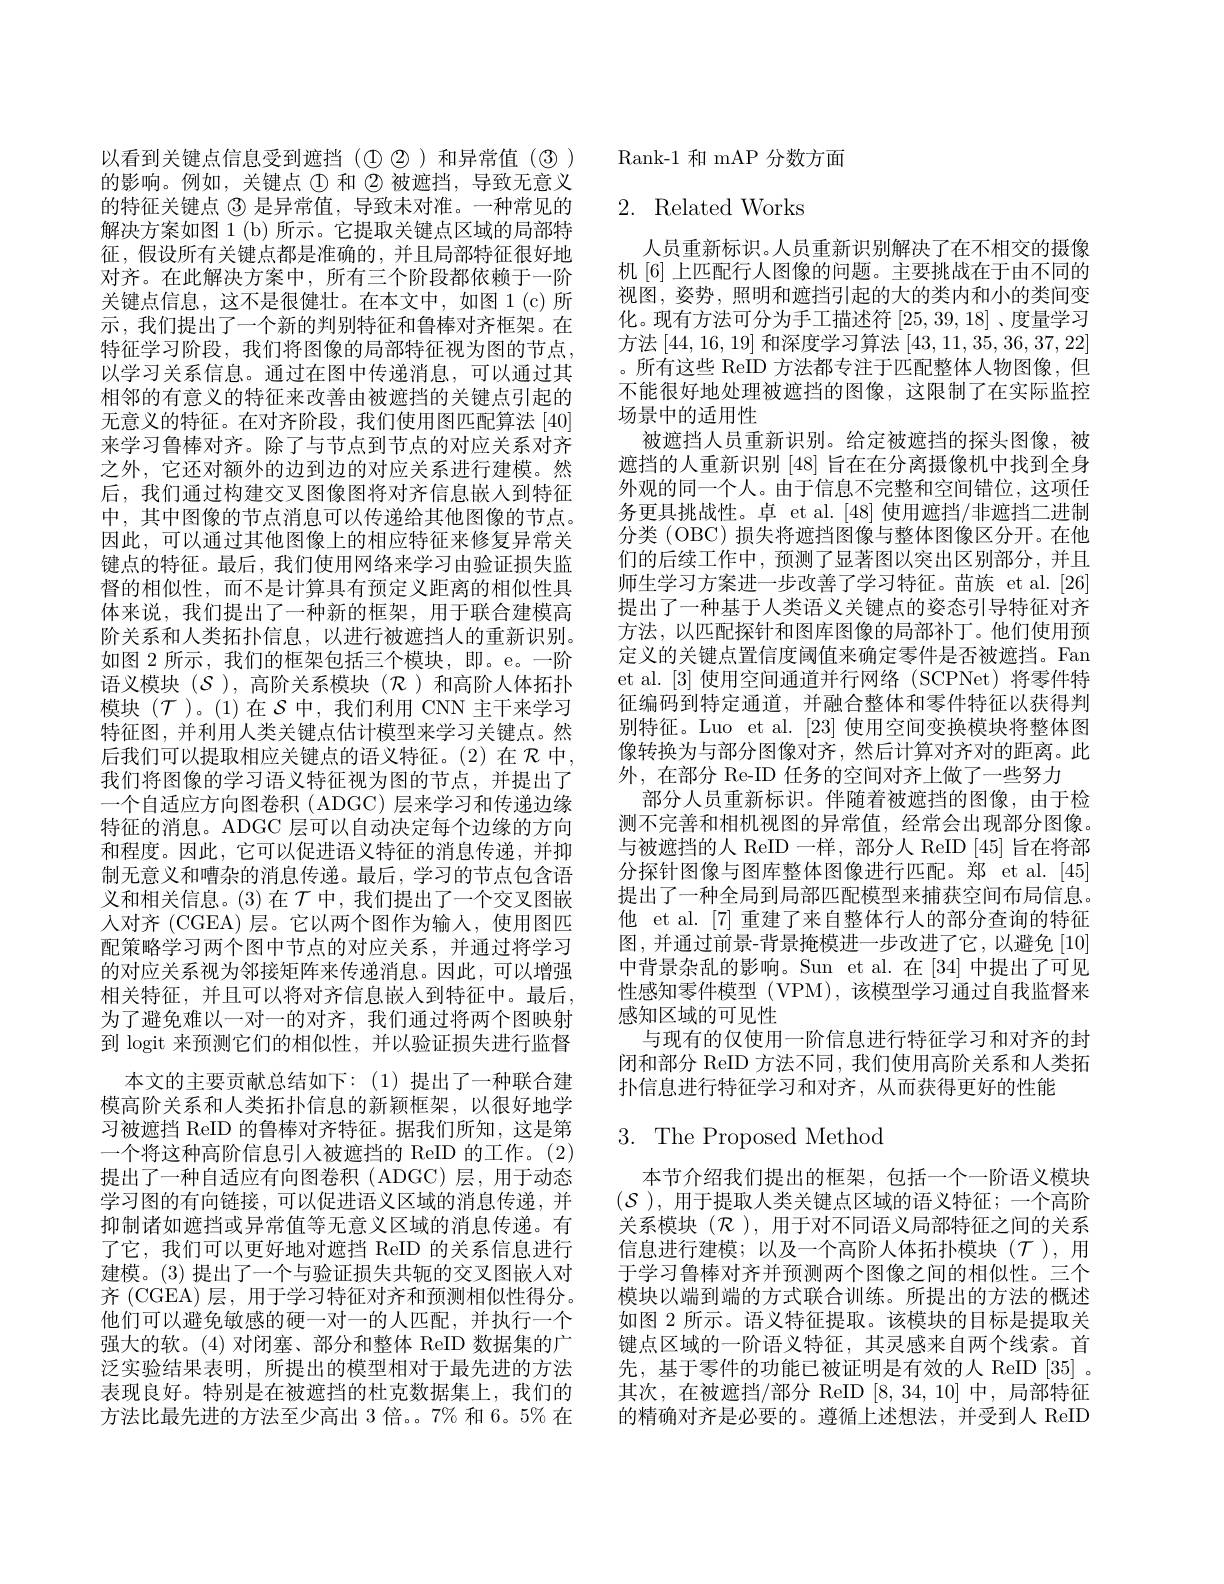
以看到关键点信息受到遮挡($\textcircled 2)和异常值(3)$ 的影响。例如，关键点$\textcircled{1}和\textcircled{2}被遮挡，导致无意义$ 的特征关键点$\textcircled 3 是异常值，导致未对准。一种常见的$ 解决方案如图 1 (b) 所示。它提取关键点区域的局部特征，假设所有关键点都是准确的，并且局部特征很好地对齐。在此解决方案中，所有三个阶段都依赖于一阶关键点信息，这不是很健壮。在本文中，如图 1(c)所示，我们提出了一个新的判别特征和鲁棒对齐框架。在特征学习阶段，我们将图像的局部特征视为图的节点， 以学习关系信息。通过在图中传递消息，可以通过其相邻的有意义的特征来改善由被遮挡的关键点引起的无意义的特征。在对齐阶段，我们使用图匹配算法[40] 来学习鲁棒对齐。除了与节点到节点的对应关系对齐之外，它还对额外的边到边的对应关系进行建模。然后，我们通过构建交叉图像图将对齐信息嵌人到特征中，其中图像的节点消息可以传递给其他图像的节点。因此，可以通过其他图像上的相应特征来修复异常关键点的特征。最后，我们使用网络来学习由验证损失监督的相似性，而不是计算具有预定义距离的相似性具体来说，我们提出了一种新的框架，用于联合建模高阶关系和人类拓扑信息，以进行被遮挡人的重新识别。如图 2 所示，我们的框架包括三个模块，即。e。一阶语义模块($\mathcal{S}$),高阶关系模块($\mathcal{R}$)和高阶人体拓扑模块($\mathcal{T}$)。(1)在$\mathcal{S}$中，我们利用 CNN 主干来学习特征图，并利用人类关键点估计模型来学习关键点。然后我们可以提取相应关键点的语义特征。(2)在$\mathcal{R}$中， 我们将图像的学习语义特征视为图的节点，并提出了一个自适应方向图卷积 (ADGC) 层来学习和传递边缘特征的消息。ADGC 层可以自动决定每个边缘的方向和程度。因此，它可以促进语义特征的消息传递，并抑制无意义和嘈杂的消息传递。最后，学习的节点包含语义和相关信息。(3)在$\mathcal{T}$中，我们提出了一个交叉图嵌入对齐 (CGEA) 层。它以两个图作为输人，使用图匹配策略学习两个图中节点的对应关系，并通过将学习的对应关系视为邻接矩阵来传递消息。因此，可以增强相关特征，并且可以将对齐信息嵌人到特征中。最后， 为了避免难以一对一的对齐，我们通过将两个图映射到 logit 来预测它们的相似性，并以验证损失进行监督
本文的主要贡献总结如下：(1)提出了一种联合建模高阶关系和人类拓扑信息的新颖框架，以很好地学习被遮挡 ReID 的鲁棒对齐特征。据我们所知，这是第一个将这种高阶信息引人被遮挡的 ReID 的工作。(2) 提出了一种自适应有向图卷积(ADGC)层，用于动态学习图的有向链接，可以促进语义区域的消息传递，并抑制诸如遮挡或异常值等无意义区域的消息传递。有了它，我们可以更好地对遮挡 ReID 的关系信息进行建模。(3) 提出了一个与验证损失共轭的交叉图嵌人对齐 (CGEA) 层，用于学习特征对齐和预测相似性得分。他们可以避免敏感的硬一对一的人匹配，并执行一个强大的软。(4)对闭塞、部分和整体 ReID 数据集的广泛实验结果表明，所提出的模型相对于最先进的方法表现良好。特别是在被遮挡的杜克数据集上，我们的方法比最先进的方法至少高出 3 倍。。7% 和 6。5% 在

Rank-1 和 mAP 分数方面

# 2. Related Works

人员重新标识。人员重新识别解决了在不相交的摄像机[6] 上匹配行人图像的问题。主要挑战在于由不同的视图，姿势，照明和遮挡引起的大的类内和小的类间变化。现有方法可分为手工描述符[25,39,18]、度量学习方法[44,16,19]和深度学习算法[43,11,35,36,37,22] 。所有这些 ReID 方法都专注于匹配整体人物图像，但不能很好地处理被遮挡的图像，这限制了在实际监控场景中的适用性
被遮挡人员重新识别。给定被遮挡的探头图像，被遮挡的人重新识别[48]旨在在分离摄像机中找到全身外观的同一个人。由于信息不完整和空间错位，这项任务更具挑战性。卓 et al.[48] 使用遮挡/非遮挡二进制分类 (OBC) 损失将遮挡图像与整体图像区分开。在他们的后续工作中，预测了显著图以突出区别部分，并且师生学习方案进一步改善了学习特征。苗族 et al.[26] 提出了一种基于人类语义关键点的姿态引导特征对齐方法，以匹配探针和图库图像的局部补丁。他们使用预定义的关键点置信度阈值来确定零件是否被遮挡。Fan et al. [3] 使用空间通道并行网络 (SCPNet) 将零件特征编码到特定通道，并融合整体和零件特征以获得判别特征。Luo et al. [23] 使用空间变换模块将整体图像转换为与部分图像对齐，然后计算对齐对的距离。此外，在部分 Re-ID 任务的空间对齐上做了一些努力
部分人员重新标识。伴随着被遮挡的图像，由于检测不完善和相机视图的异常值，经常会出现部分图像。与被遮挡的人 ReID 一样，部分人 ReID [45]旨在将部分探针图像与图库整体图像进行匹配。郑 et al.[45] 提出了一种全局到局部匹配模型来捕获空间布局信息。他 et al. [7]重建了来自整体行人的部分查询的特征图，并通过前景-背景掩模进一步改进了它，以避免[10] 中背景杂乱的影响。Sun et al.在[34] 中提出了可见性感知零件模型 (VPM),该模型学习通过自我监督来感知区域的可见性
与现有的仅使用一阶信息进行特征学习和对齐的封闭和部分 ReID 方法不同，我们使用高阶关系和人类拓扑信息进行特征学习和对齐，从而获得更好的性能

# 3. The Proposed Method

本节介绍我们提出的框架，包括一个一阶语义模块$(\mathcal{S})$,用于提取人类关键点区域的语义特征；一个高阶关系模块$(\mathcal{R})$,用于对不同语义局部特征之间的关系信息进行建模；以及一个高阶人体拓扑模块($\mathcal{T}$),用于学习鲁棒对齐并预测两个图像之间的相似性。三个模块以端到端的方式联合训练。所提出的方法的概述如图 2 所示。语义特征提取。该模块的目标是提取关键点区域的一阶语义特征，其灵感来自两个线索。首先，基于零件的功能已被证明是有效的人 ReID [35] 。其次，在被遮挡/部分 ReID [8,34,10]中，局部特征的精确对齐是必要的。遵循上述想法，并受到人 ReID